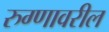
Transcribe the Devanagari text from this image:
रुग्णावरील